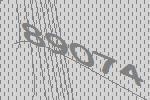
89074